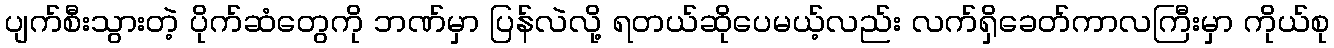
ပျက်စီးသွားတဲ့ ပိုက်ဆံတွေကို ဘဏ်မှာ ပြန်လဲလို့ ရတယ်ဆိုပေမယ့်လည်း လက်ရှိခေတ်ကာလကြီးမှာ ကိုယ်စု